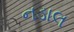
નડાલ